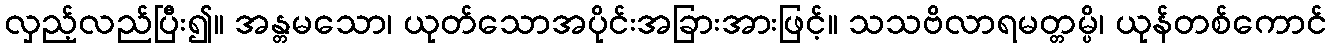
လှည့်လည်ပြီး၍။ အန္တမသော၊ ယုတ်သောအပိုင်းအခြားအားဖြင့်။ သသဗိလာရမတ္တမ္ပိ၊ ယုန်တစ်ကောင်